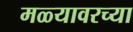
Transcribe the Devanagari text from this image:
मळ्यावरच्या